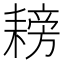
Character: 耪